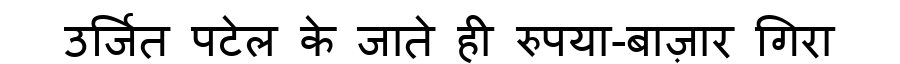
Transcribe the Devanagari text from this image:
उर्जित पटेल के जाते ही रुपया-बाज़ार गिरा